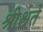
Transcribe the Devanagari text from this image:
श्रीश्चते